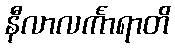
နီလာလင်္ကာရာတိ